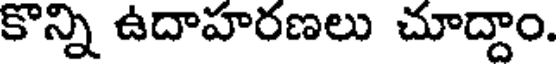
కొన్ని ఉదాహరణలు చూద్దాం.